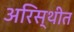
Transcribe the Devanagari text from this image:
अरिस्थीत